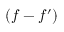
( f - f ^ { \prime } )